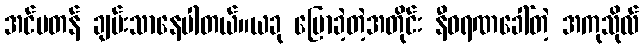
အင်မတန် ချမ်းသာနေပါတယ်။ယခု ပြောခဲ့တဲ့အတိုင်း နီဝရဏခေါ်တဲ့ အကုသိုလ်